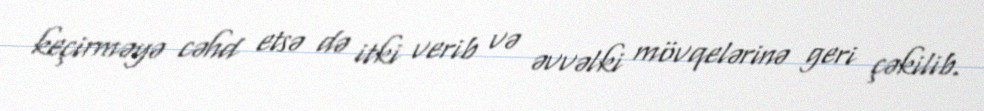
keçirməyə cəhd etsə də itki verib və əvvəlki mövqelərinə geri çəkilib.